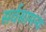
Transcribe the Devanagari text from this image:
सर्वसामन्य